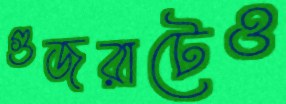
গুজরাটেও